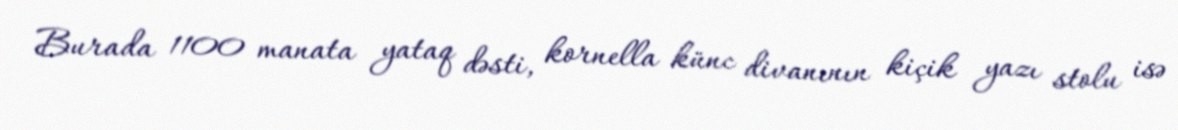
Burada 1100 manata yataq dəsti, kornella künc divanının kiçik yazı stolu isə